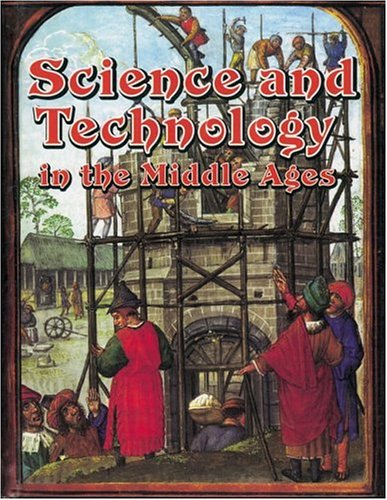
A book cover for Science and Technology in the Middle Ages (Medieval World (Crabtree Paperback)); Joanne Findon; Children's Books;